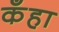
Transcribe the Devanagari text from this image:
कँहा